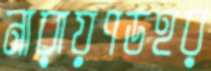
নারায়ণডহর